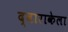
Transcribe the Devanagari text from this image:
द्वाराकेला